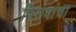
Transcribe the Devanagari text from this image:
पिसवांचा